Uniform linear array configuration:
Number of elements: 12
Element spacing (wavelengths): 1
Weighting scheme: cosine
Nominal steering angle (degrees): -30
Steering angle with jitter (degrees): -31.0
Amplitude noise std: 0.05
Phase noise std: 0.05

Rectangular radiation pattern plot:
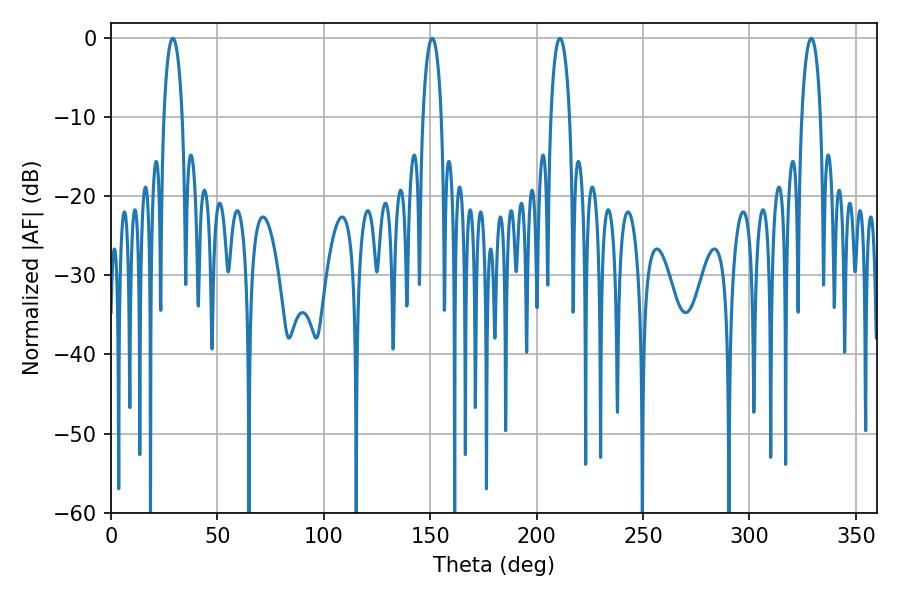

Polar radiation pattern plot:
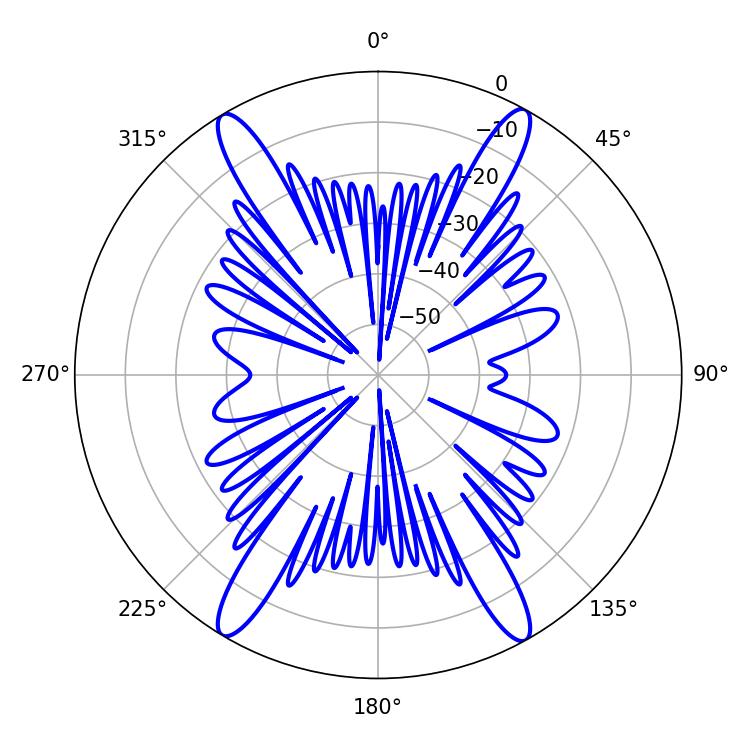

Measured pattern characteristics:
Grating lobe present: TRUE
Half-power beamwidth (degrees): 5.04
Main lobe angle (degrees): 210.96